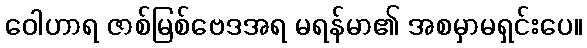
ဝေါဟာရ ဇာစ်မြစ်ဗေဒအရ မရန်မာ၏ အစမှာမရှင်းပေ။